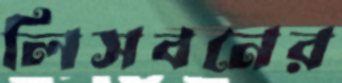
লিসবনের